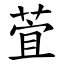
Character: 萓